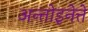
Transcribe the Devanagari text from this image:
अन्तोइनेत्ते